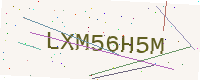
Text: LXM56H5M